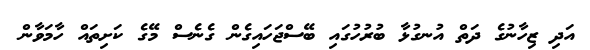
އަދި ޒިހާނުގެ ދަތް އުނގުޅާ ބުރުހުގައި ބޭސްޖަހައިގެން ގެނެސް މޭގެ ކަށިތައް ހާމަވާން